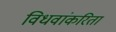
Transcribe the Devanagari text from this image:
विधवांकरिता